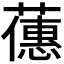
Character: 𬞶